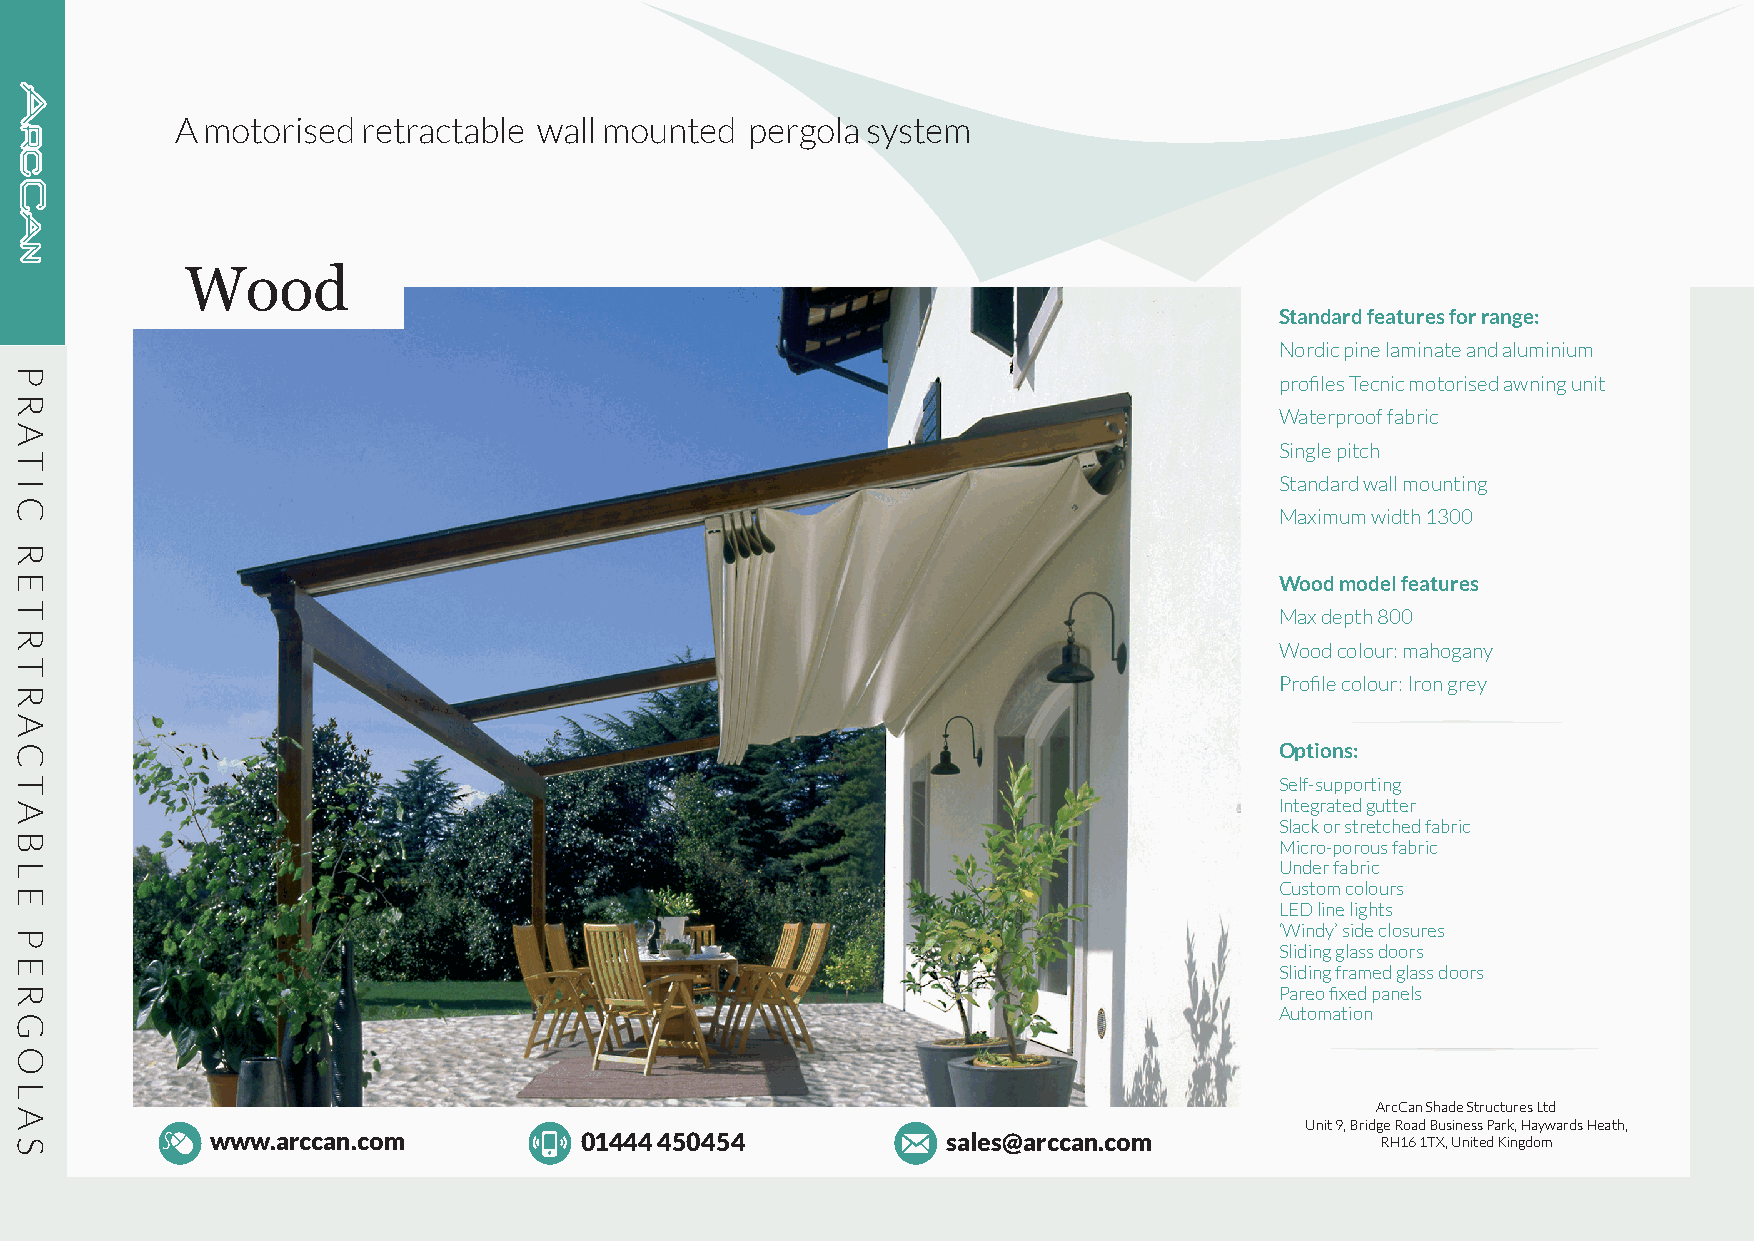
A motorised retractable wall mounted  pergola system
 Wood
 Standard features for range:
 Nordic pine laminate and aluminium
 profiles Tecnic motorised awning unit
 Waterproof fabric
 Single pitch
 Standard wall mounting
 Maximum width 1300
 Wood model features
 Max depth 800
 Wood colour: mahogany
 Profile colour: Iron grey
 Options:
 Self-supporting
 Integrated gutter
 Slack or stretched fabric
 Micro-porous fabric
 Under fabric
 Custom colours
 LED line lights
 ‘Windy’ side closures
 Sliding glass doors
 Sliding framed glass doors
 Pareo fixed panels
 Automation
 ArcCan Shade Structures Ltd
 Unit 9, Bridge Road Business Park, Haywards Heath,
 www.arccan.com          01444 450454             sales@arccan.com            RH16 1TX, United Kingdom
 P
 R
 AT
 I
 C
 R
 E
 T
 R
 T
 R
 A
 C
 TA
 B
 L
 E
 P
 E
 R
 G
 O
 L
 A
 S